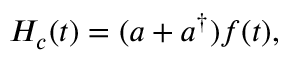
H _ { c } ( t ) = ( a + a ^ { \dagger } ) f ( t ) ,